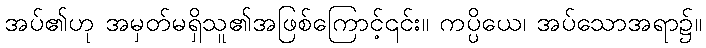
အပ်၏ဟု အမှတ်မရှိသူ၏အဖြစ်ကြောင့်၎င်း။ ကပ္ပိယေ၊ အပ်သောအရာ၌။